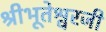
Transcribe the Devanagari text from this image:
श्रीभूतेश्वरजी